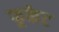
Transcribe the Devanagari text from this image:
फूकेट